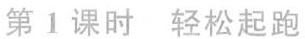
第1课时轻松起跑